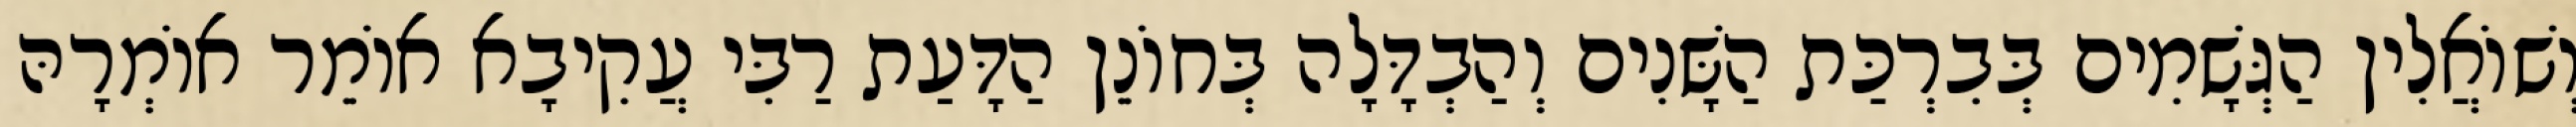
וְשׁוֹאֲלִין הַגְּשָׁמִים בְּבִרְכַּת הַשָּׁנִים וְהַבְדָּלָה בְּחוֹנֵן הַדָּעַת רַבִּי עֲקִיבָא אוֹמֵר אוֹמְרָהּ